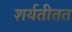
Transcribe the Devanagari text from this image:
शर्यतीतत